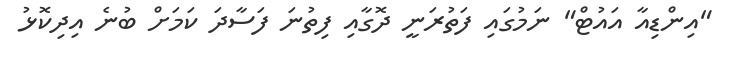
"އިންޑިއާ އައުޓް" ނަމުގައި ފަތުރަނީ ދޮގާއި ފިތުނަ ފަސާދަ ކަމަށް ބުނެ އިދިކޮޅު